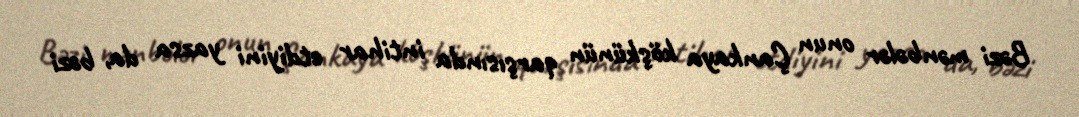
Bəzi mənbələr onun Çankaya köşkünün qarşısında intihar etdiyini yazsa da, bəzi